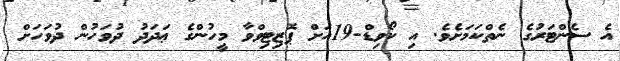
އެ ސެންޓަރުގެ ނެތްކަމަށެވެ. އި ކޯވިޑް-19އަށް ޕޮޒިޓިވްވާ މީހުންގެ ޢަދަދު ދުވަހުން ދުވަހަށް